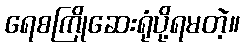
ရေစကြိုဆေးရုံပို့ရမတဲ့။